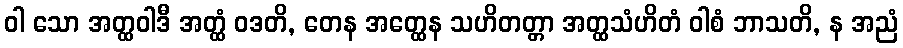
ဝါ သော အတ္ထဝါဒီ အတ္ထံ ဝဒတိ, တေန အတ္ထေန သဟိတတ္တာ အတ္ထသံဟိတံ ဝါစံ ဘာသတိ, န အညံ